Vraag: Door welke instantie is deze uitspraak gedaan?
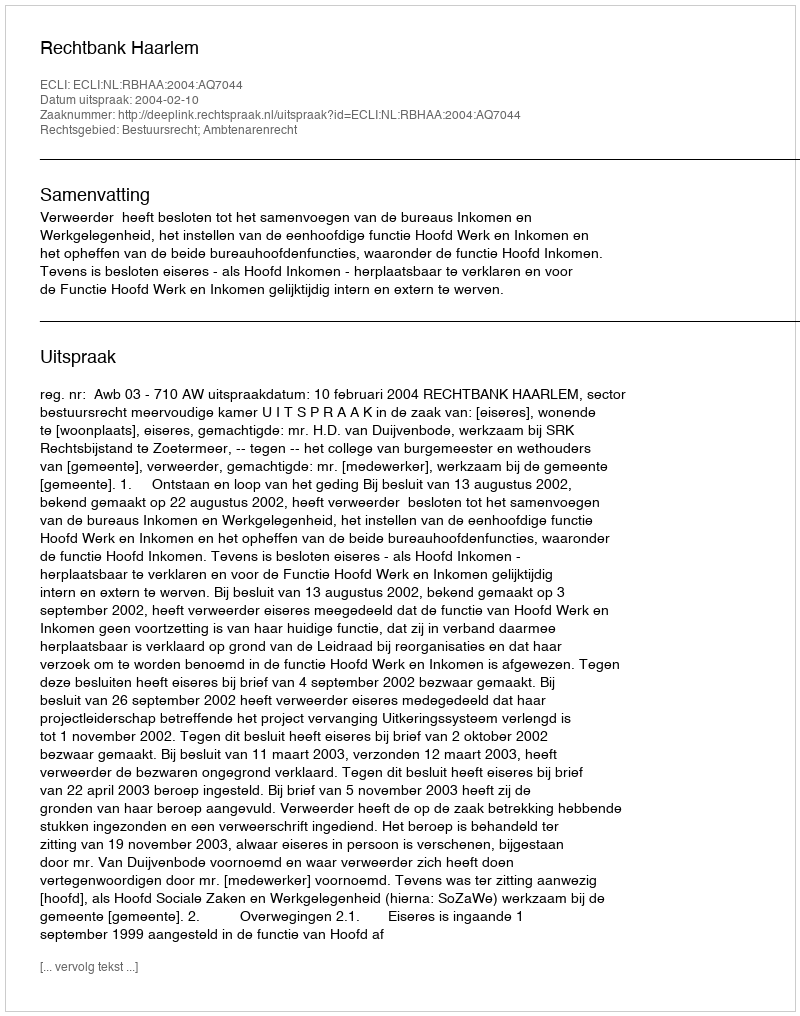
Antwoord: Rechtbank Haarlem